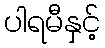
ပါရမီနှင့်